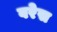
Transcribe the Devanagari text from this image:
वरेस